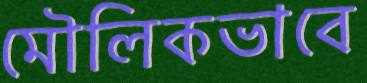
মৌলিকভাবে